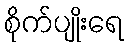
စိုက်ပျိုးရေ